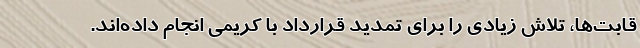
قابت‌ها، تلاش زیادی را برای تمدید قرارداد با کریمی انجام داده‌اند.